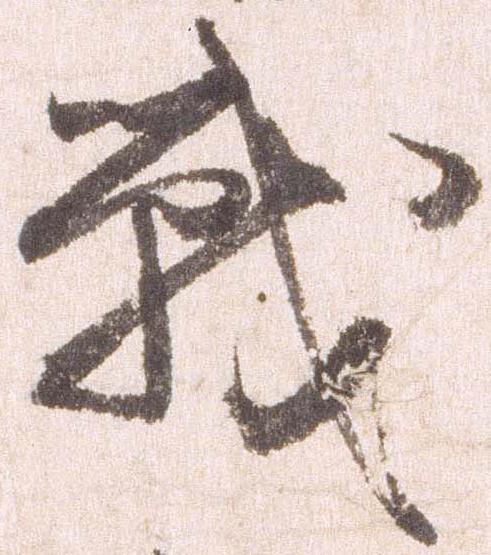
戦